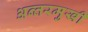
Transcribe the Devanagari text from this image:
अन्तरमुखी